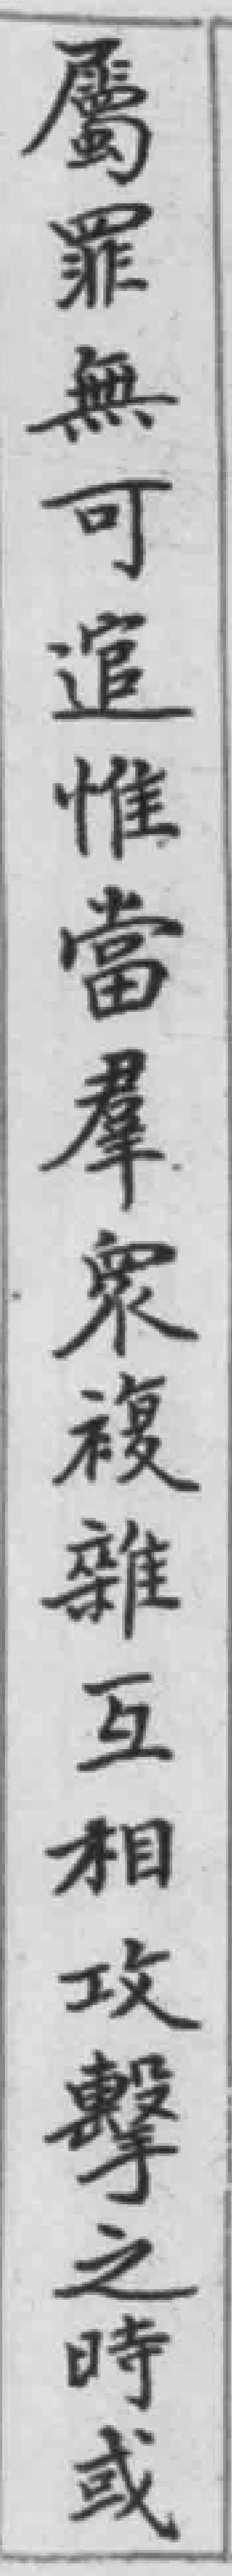
屬罪無可追惟當羣衆複雜互相攻擊之時或